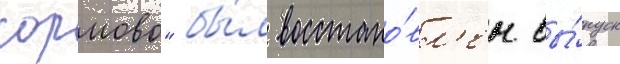
сормово" бы́л восстано́вл'ен вы́пуск